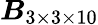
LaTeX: \boldsymbol{B}_{3\times 3\times 10}